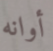
أوانه